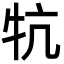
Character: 牨